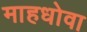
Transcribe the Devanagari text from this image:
माहधोवा